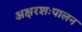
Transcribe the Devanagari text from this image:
अक्षरशःपालन